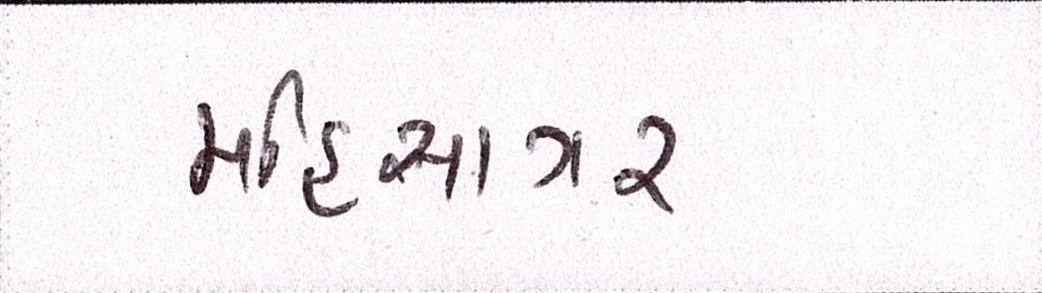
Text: મહિસાગર